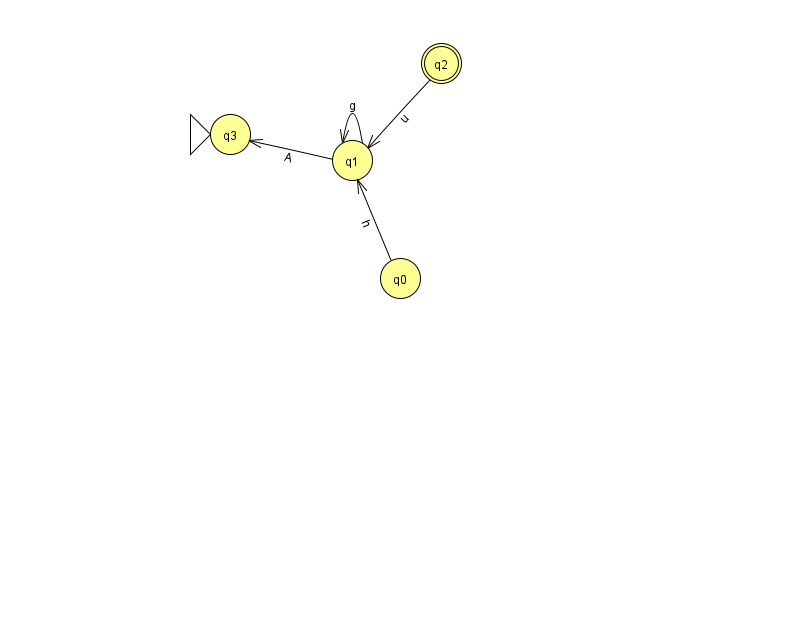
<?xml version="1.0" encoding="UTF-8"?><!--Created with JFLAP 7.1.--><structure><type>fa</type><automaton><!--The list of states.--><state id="0" name="q0"><x>400.0</x><y>265.0</y></state><state id="1" name="q1"><x>352.0</x><y>147.0</y></state><state id="2" name="q2"><x>441.0</x><y>50.0</y><final/></state><state id="3" name="q3"><x>230.0</x><y>121.0</y><initial/></state><!--The list of transitions.--><transition><from>2</from><to>1</to><read>u</read></transition><transition><from>1</from><to>1</to><read>g</read></transition><transition><from>0</from><to>1</to><read>h</read></transition><transition><from>1</from><to>3</to><read>A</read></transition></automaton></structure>